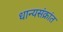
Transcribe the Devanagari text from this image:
धान्यसंक्रांत